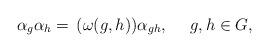
LaTeX: \begin{align*}\alpha_g\alpha_h={}\,(\omega(g,h))\alpha_{gh},\ \ \ \ g,h\in G,\end{align*}